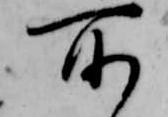
所